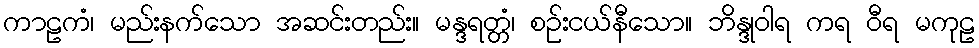
ကာဠကံ၊ မည်းနက်သော အဆင်းတည်း။ မန္ဒရတ္တံ၊ စဉ်းငယ်နီသော။ ဘိန္ဒုဝါရ ကရ ဝီရ မကုဠ